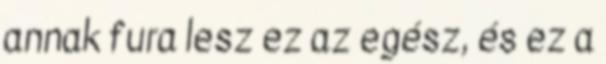
annak fura lesz ez az egész, és ez a